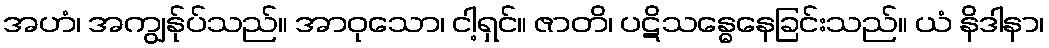
အဟံ၊ အကျွန်ုပ်သည်။ အာဝုသော၊ ငါ့ရှင်။ ဇာတိ၊ ပဋိသန္ဓေနေခြင်းသည်။ ယံ နိဒါနာ၊